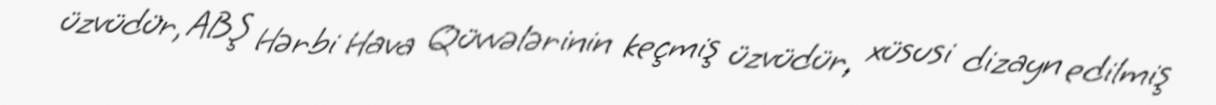
üzvüdür, ABŞ Hərbi Hava Qüvvələrinin keçmiş üzvüdür, xüsusi dizayn edilmiş